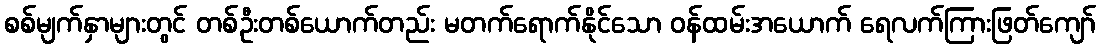
စစ်မျက်နှာများတွင် တစ်ဦးတစ်ယောက်တည်း မတက်ရောက်နိုင်သော ဝန်ထမ်းအယောက် ရေလက်ကြားဖြတ်ကျော်